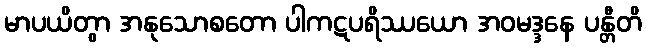
မာပယိတွာ အနုသောစတော ပါကဋပရိဿယော အဝမဒ္ဒနေ ပန္တီတိ